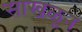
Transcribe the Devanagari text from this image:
साखळून